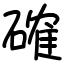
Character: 確